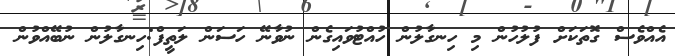
އެއްވެސް ގޮތަކަށް ފުލުހުން މި ހިނގާލުން ހުއްޓުވައިގެން ނުވާނޭ ހަސަން ލަތީފް:ހިނގާލުން ނުބޭއްވުން